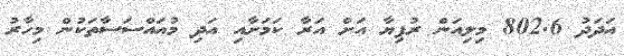
އަދަދު 802.6 މިލިއަން ރުފިޔާ އަށް އަރާ ކަމަށާއި އަދި މުއައްސަސާތަކުން މިހާރު